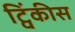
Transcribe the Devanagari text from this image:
ट्विंकीस